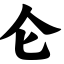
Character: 仑